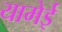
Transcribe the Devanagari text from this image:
यामेई